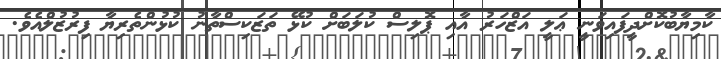
ކާމިޔާބުކޮށްދީފައިވަނީ ޢަލީ އަޒްހަރު އާއި ޕޮލިސް ކުލަބަށް ކުޅޭ ތަޒަކިސްތާނު ކުޅުންތެރިޔާ ފިރުޒުލްއެވެ.